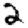
Digit: 2